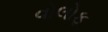
વોલોફ